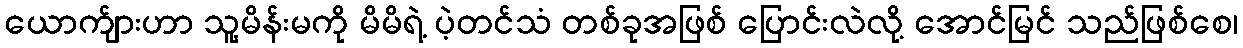
ယောက်ျားဟာ သူ့မိန်းမကို မိမိရဲ့ ပဲ့တင်သံ တစ်ခုအဖြစ် ပြောင်းလဲလို့ အောင်မြင် သည်ဖြစ်စေ၊